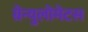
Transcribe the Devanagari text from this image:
ग्रेन्युलोमेटस